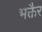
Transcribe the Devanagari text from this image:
भक्तैर